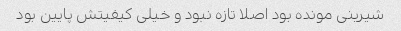
شیرینی مونده بود اصلا تازه نبود و خیلی کیفیتش پایین بود